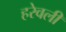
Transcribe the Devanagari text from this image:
हरेवली